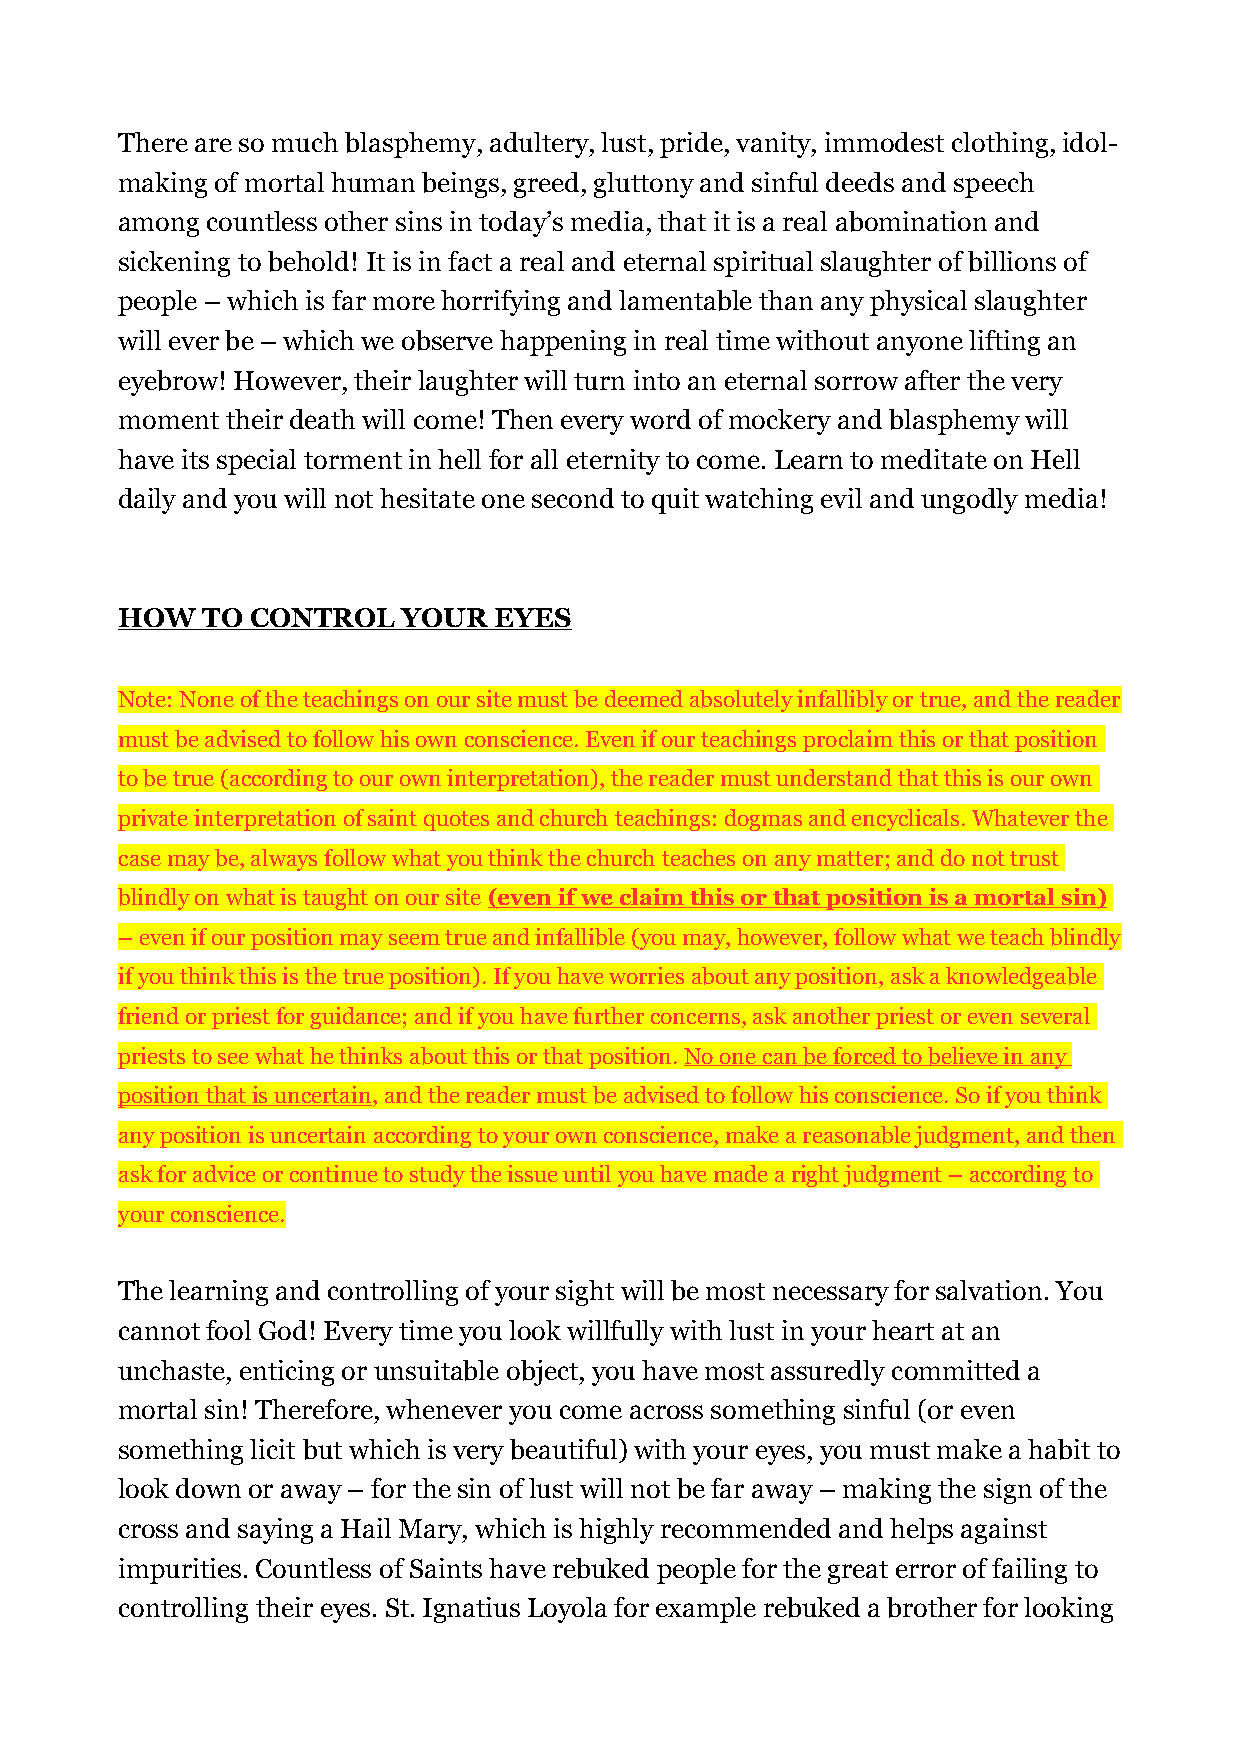
There are so much blasphemy, adultery, lust, pride, vanity, immodest clothing, idol-
 making of mortal human beings, greed, gluttony and sinful deeds and speech
 among countless other sins in today’s media, that it is a real abomination and
 sickening to behold! It is in fact a real and eternal spiritual slaughter of billions of
 people – which is far more horrifying and lamentable than any physical slaughter
 will ever be – which we observe happening in real time without anyone lifting an
 eyebrow! However, their laughter will turn into an eternal sorrow after the very
 moment their death will come! Then every word of mockery and blasphemy will
 have its special torment in hell for all eternity to come. Learn to meditate on Hell
 daily and you will not hesitate one second to quit watching evil and ungodly media!
 HOW  TO  CONTROL   YOUR  EYES
 Note: None of the teachings on our site must be deemed absolutely infallibly or true, and the reader
 must be advised to follow his own conscience. Even if our teachings proclaim this or that position
 to be true (according to our own interpretation), the reader must understand that this is our own
 private interpretation of saint quotes and church teachings: dogmas and encyclicals. Whatever the
 case may be, always follow what you think the church teaches on any matter; and do not trust
 blindly on what is taught on our site (even if we claim this or that position is a mortal sin)
 – even if our position may seem true and infallible (you may, however, follow what we teach blindly
 if you think this is the true position). If you have worries about any position, ask a knowledgeable
 friend or priest for guidance; and if you have further concerns, ask another priest or even several
 priests to see what he thinks about this or that position. No one can be forced to believe in any
 position that is uncertain, and the reader must be advised to follow his conscience. So if you think
 any position is uncertain according to your own conscience, make a reasonable judgment, and then
 ask for advice or continue to study the issue until you have made a right judgment – according to
 your conscience.
 The learning and controlling of your sight will be most necessary for salvation. You
 cannot fool God! Every time you look willfully with lust in your heart at an
 unchaste, enticing or unsuitable object, you have most assuredly committed a
 mortal sin! Therefore, whenever you come across something sinful (or even
 something licit but which is very beautiful) with your eyes, you must make a habit to
 look down or away – for the sin of lust will not be far away – making the sign of the
 cross and saying a Hail Mary, which is highly recommended and helps against
 impurities. Countless of Saints have rebuked people for the great error of failing to
 controlling their eyes. St. Ignatius Loyola for example rebuked a brother for looking